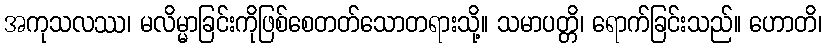
အကုသလဿ၊ မလိမ္မာခြင်းကိုဖြစ်စေတတ်သောတရားသို့။ သမာပတ္တိ၊ ရောက်ခြင်းသည်။ ဟောတိ၊